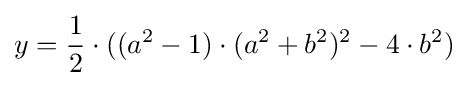
y={\frac {1}{2}}\cdot ((a^{2}-1)\cdot (a^{2}+b^{2})^{2}-4\cdot b^{2})